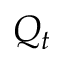
Q _ { t }